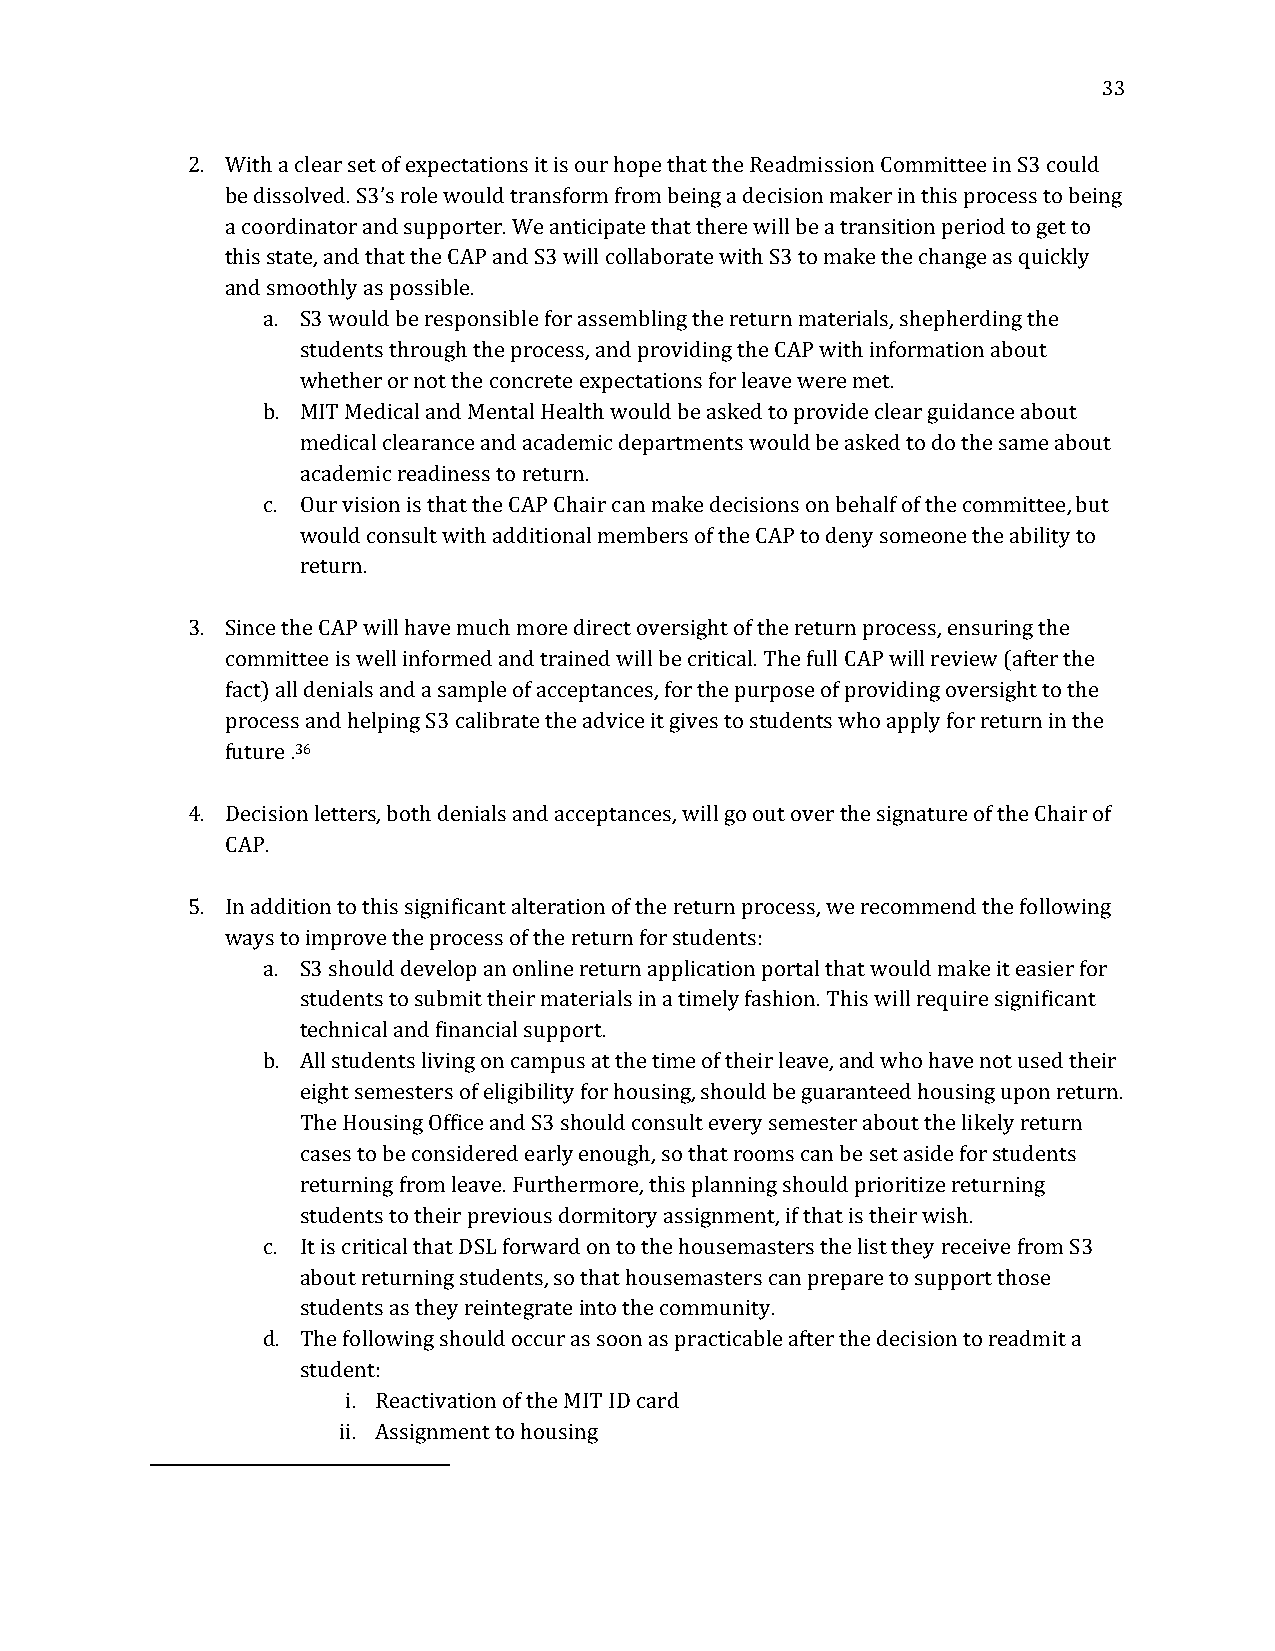
33
 2. With a clear set of expectations it is our hope that the Readmission Committee in S3 could
 be dissolved. S3’s role would transform from being a decision maker in this process to being
 a coordinator and supporter. We anticipate that there will be a transition period to get to
 this state, and that the CAP and S3 will collaborate with S3 to make the change as quickly
 and smoothly as possible.
 a. S3 would be responsible for assembling the return materials, shepherding the
 students through the process, and providing the CAP with information about
 whether or not the concrete expectations for leave were met.
 b. MIT Medical and Mental Health would be asked to provide clear guidance about
 medical clearance and academic departments would be asked to do the same about
 academic readiness to return.
 c. Our vision is that the CAP Chair can make decisions on behalf of the committee, but
 would consult with additional members of the CAP to deny someone the ability to
 return.
 3. Since the CAP will have much more direct oversight of the return process, ensuring the
 committee is well informed and trained will be critical. The full CAP will review (after the
 fact) all denials and a sample of acceptances, for the purpose of providing oversight to the
 process and helping S3 calibrate the advice it gives to students who apply for return in the
 future .36
 4. Decision letters, both denials and acceptances, will go out over the signature of the Chair of
 CAP.
 5. In addition to this significant alteration of the return process, we recommend the following
 ways to improve the process of the return for students:
 a. S3 should develop an online return application portal that would make it easier for
 students to submit their materials in a timely fashion. This will require significant
 technical and financial support.
 b. All students living on campus at the time of their leave, and who have not used their
 eight semesters of eligibility for housing, should be guaranteed housing upon return.
 The Housing Office and S3 should consult every semester about the likely return
 cases to be considered early enough, so that rooms can be set aside for students
 returning from leave. Furthermore, this planning should prioritize returning
 students to their previous dormitory assignment, if that is their wish.
 c. It is critical that DSL forward on to the housemasters the list they receive from S3
 about returning students, so that housemasters can prepare to support those
 students as they reintegrate into the community.
 d. The following should occur as soon as practicable after the decision to readmit a
 student:
 i. Reactivation of the MIT ID card
 ii. Assignment to housing